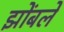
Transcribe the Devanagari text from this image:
झोंबले